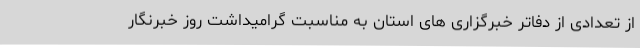
از تعدادی از دفاتر خبرگزاری های استان به مناسبت گرامیداشت روز خبرنگار